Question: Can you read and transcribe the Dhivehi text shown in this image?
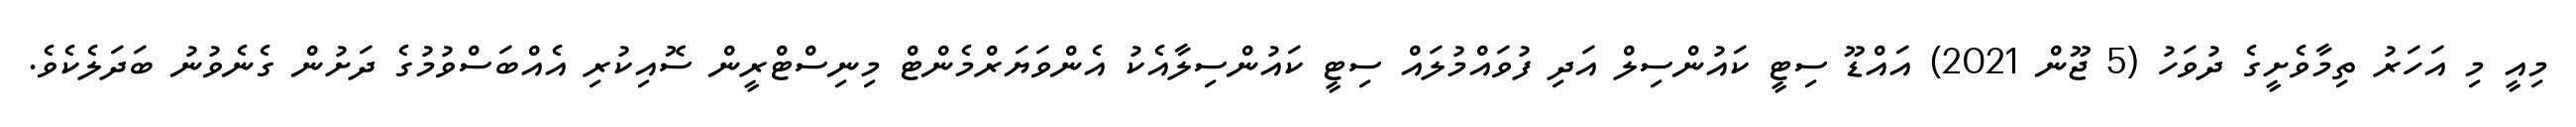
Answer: މިއީ މި އަހަރު ތިމާވެށީގެ ދުވަހު (5 ޖޫން 2021) އައްޑޫ ސިޓީ ކައުންސިލް އަދި ފުވައްމުލައް ސިޓީ ކައުންސިލާއެކު އެންވަޔަރްމެންޓް މިނިސްޓްރީން ސޮއިކުރި އެއްބަސްވުމުގެ ދަށުން ގެނެވުނު ބަދަލެކެވެ.